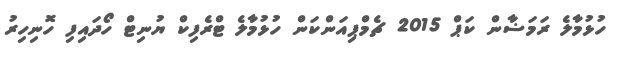
ހުޅުމާލެ ރަމަޟާން ކަޕް 2015 ޗެމްޕިއަންކަން ހުޅުމާލެ ޓްރެފިކް ޔުނިޓް ހޯދައިފި ހޮނިހިރު